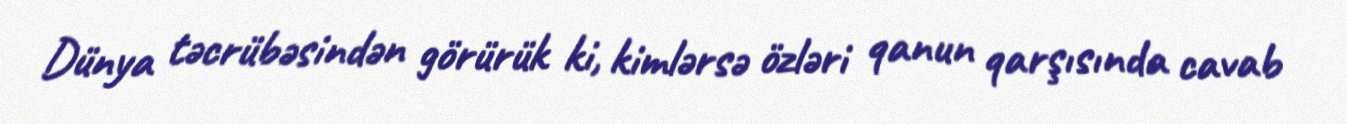
Dünya təcrübəsindən görürük ki, kimlərsə özləri qanun qarşısında cavab